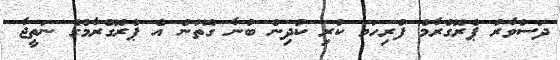
ދަސްވާރު ޕްރޮގްރާމް ފުރިހަމަ ކުރި ކުދިން ބުނާ ގޮތުން އެ ޕްރޮގްރާމްގެ ނަތީޖާ